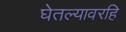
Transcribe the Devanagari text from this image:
घेतल्यावरहि